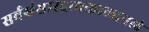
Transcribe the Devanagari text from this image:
सर्वसंसारदावकालानलं